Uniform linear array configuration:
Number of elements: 8
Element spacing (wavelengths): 0.75
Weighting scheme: binomial
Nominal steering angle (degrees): -60
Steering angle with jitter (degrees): -59.619
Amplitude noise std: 0.05
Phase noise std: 0.05

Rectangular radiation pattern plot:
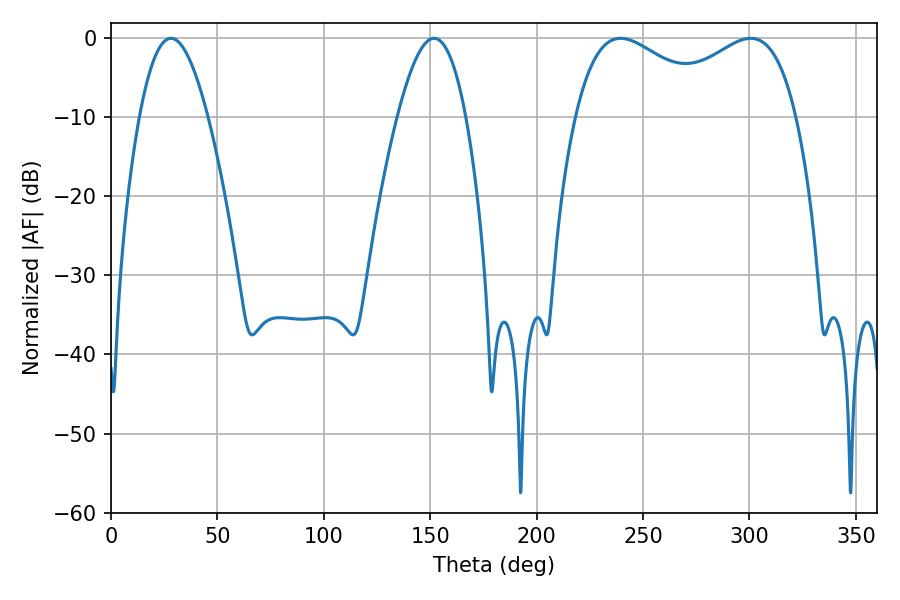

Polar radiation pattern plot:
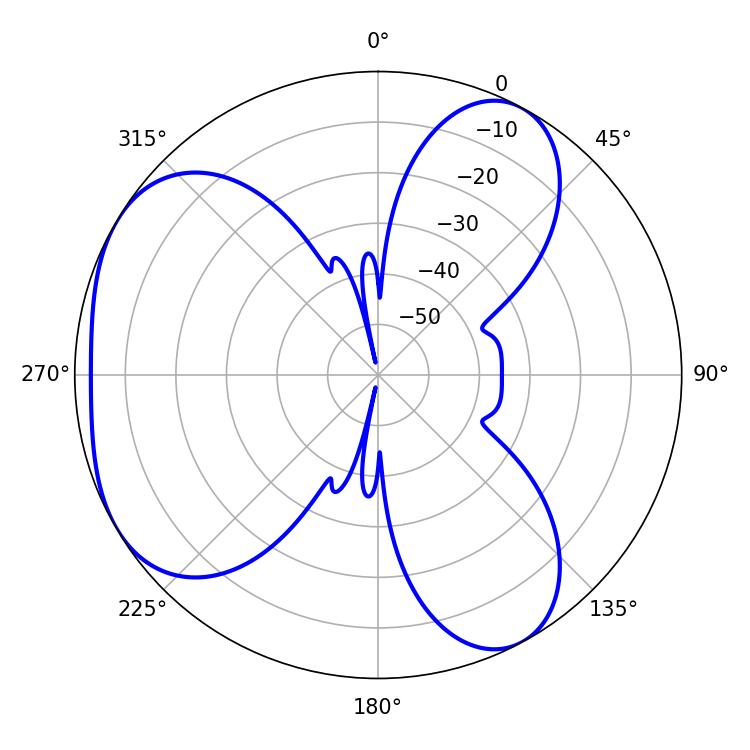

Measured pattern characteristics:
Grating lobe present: TRUE
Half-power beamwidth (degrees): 38.34
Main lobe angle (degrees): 300.6